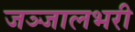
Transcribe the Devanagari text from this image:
जञ्जालभरी